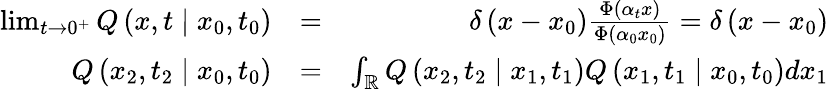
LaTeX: \begin{array}{rlr}{\operatorname*{lim}_{t\rightarrow 0^{+}}Q\left(x,t\mid x_{0},t_{0}\right)}&{=}&{\delta\left(x-x_{0}\right)\frac{\Phi(\alpha_{t}x)}{\Phi\left(\alpha_{0}x_{0}\right)}=\delta\left(x-x_{0}\right)}\\ {Q\left(x_{2},t_{2}\mid x_{0},t_{0}\right)}&{=}&{\int_{\mathbb{R}}Q\left(x_{2},t_{2}\mid x_{1},t_{1}\right)Q\left(x_{1},t_{1}\mid x_{0},t_{0}\right)dx_{1}}\end{array}